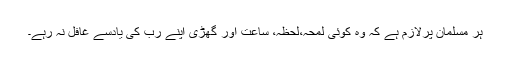
ہر مسلمان پرلازم ہے کہ وہ کوئی لمحہ،لحظہ، ساعت اور گھڑی اپنے رب کی یادسے غافل نہ رہے۔